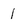
Character: 1